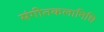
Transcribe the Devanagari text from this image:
संगीतकलानिधि